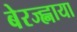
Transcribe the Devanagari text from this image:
बेरज्ह्नाया